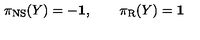
\pi _ { \mathrm { N S } } ( Y ) = - { \bf 1 } , \qquad \pi _ { \mathrm { R } } ( Y ) = { \bf 1 }